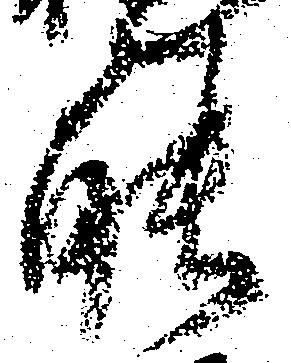
能